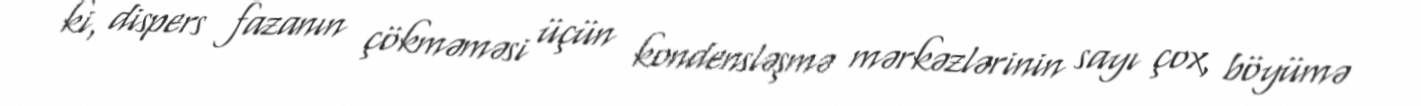
ki, dispers fazanın çökməməsi üçün kondensləşmə mərkəzlərinin sayı çox, böyümə